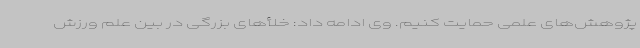
پژوهش‌های علمی حمایت کنیم. وی ادامه داد: خلأهای بزرگی در بین علم ورزش